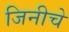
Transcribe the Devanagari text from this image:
जिनीचे